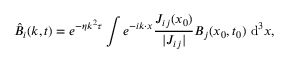
\hat { B } _ { i } ( \boldsymbol { k } , t ) = e ^ { - \eta \boldsymbol { k } ^ { 2 } \tau } \int e ^ { - i \boldsymbol { k } \cdot \boldsymbol { x } } \frac { J _ { i j } ( \boldsymbol { x } _ { 0 } ) } { | J _ { i j } | } B _ { j } ( \boldsymbol { x } _ { 0 } , t _ { 0 } ) ~ \mathrm { d } ^ { 3 } \boldsymbol { x } ,